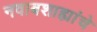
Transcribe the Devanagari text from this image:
नवाबशाह्यांचे